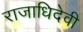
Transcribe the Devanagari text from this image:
राजाधिदेवी